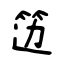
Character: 笾